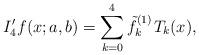
LaTeX: \begin{align*}{I'_4}f(x;a,b) = \sum\limits_{k = 0}^4 {\tilde f_k^{(1)}{\mkern 1mu} {T_k}(x)} ,\end{align*}